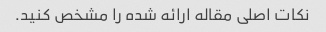
نکات اصلی مقاله ارائه شده را مشخص کنید.